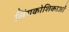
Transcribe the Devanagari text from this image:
लिंगकोशिकाओं